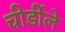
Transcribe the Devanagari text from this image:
चीर्डीले